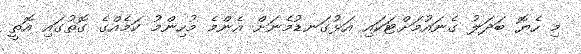
މި ހެޔޮ ބަދަލު ގެނައުމަށްޓަކައި އަޅުގަނޑުމެނަށް އެންމެ މުހިންމު ކަމެއްގެ ގޮތުގައި އޮތީ